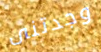
وجدتنى